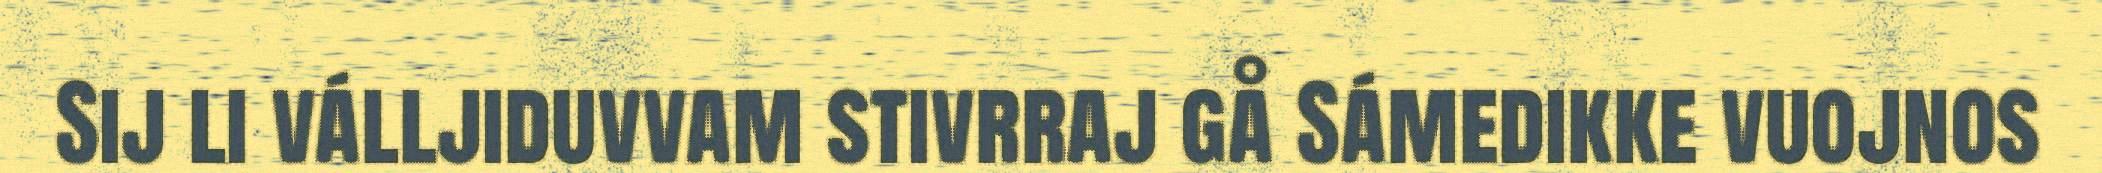
Sij li válljiduvvam stivrraj gå Sámedikke vuojnos